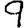
Digit: 9